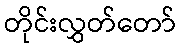
တိုင်းလွှတ်တော်